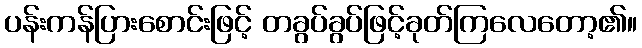
ပန်းကန်ပြားစောင်းဖြင့် တခွပ်ခွပ်ဖြင့်ခုတ်ကြလေတော့၏။